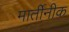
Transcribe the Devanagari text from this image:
मार्तीनीक